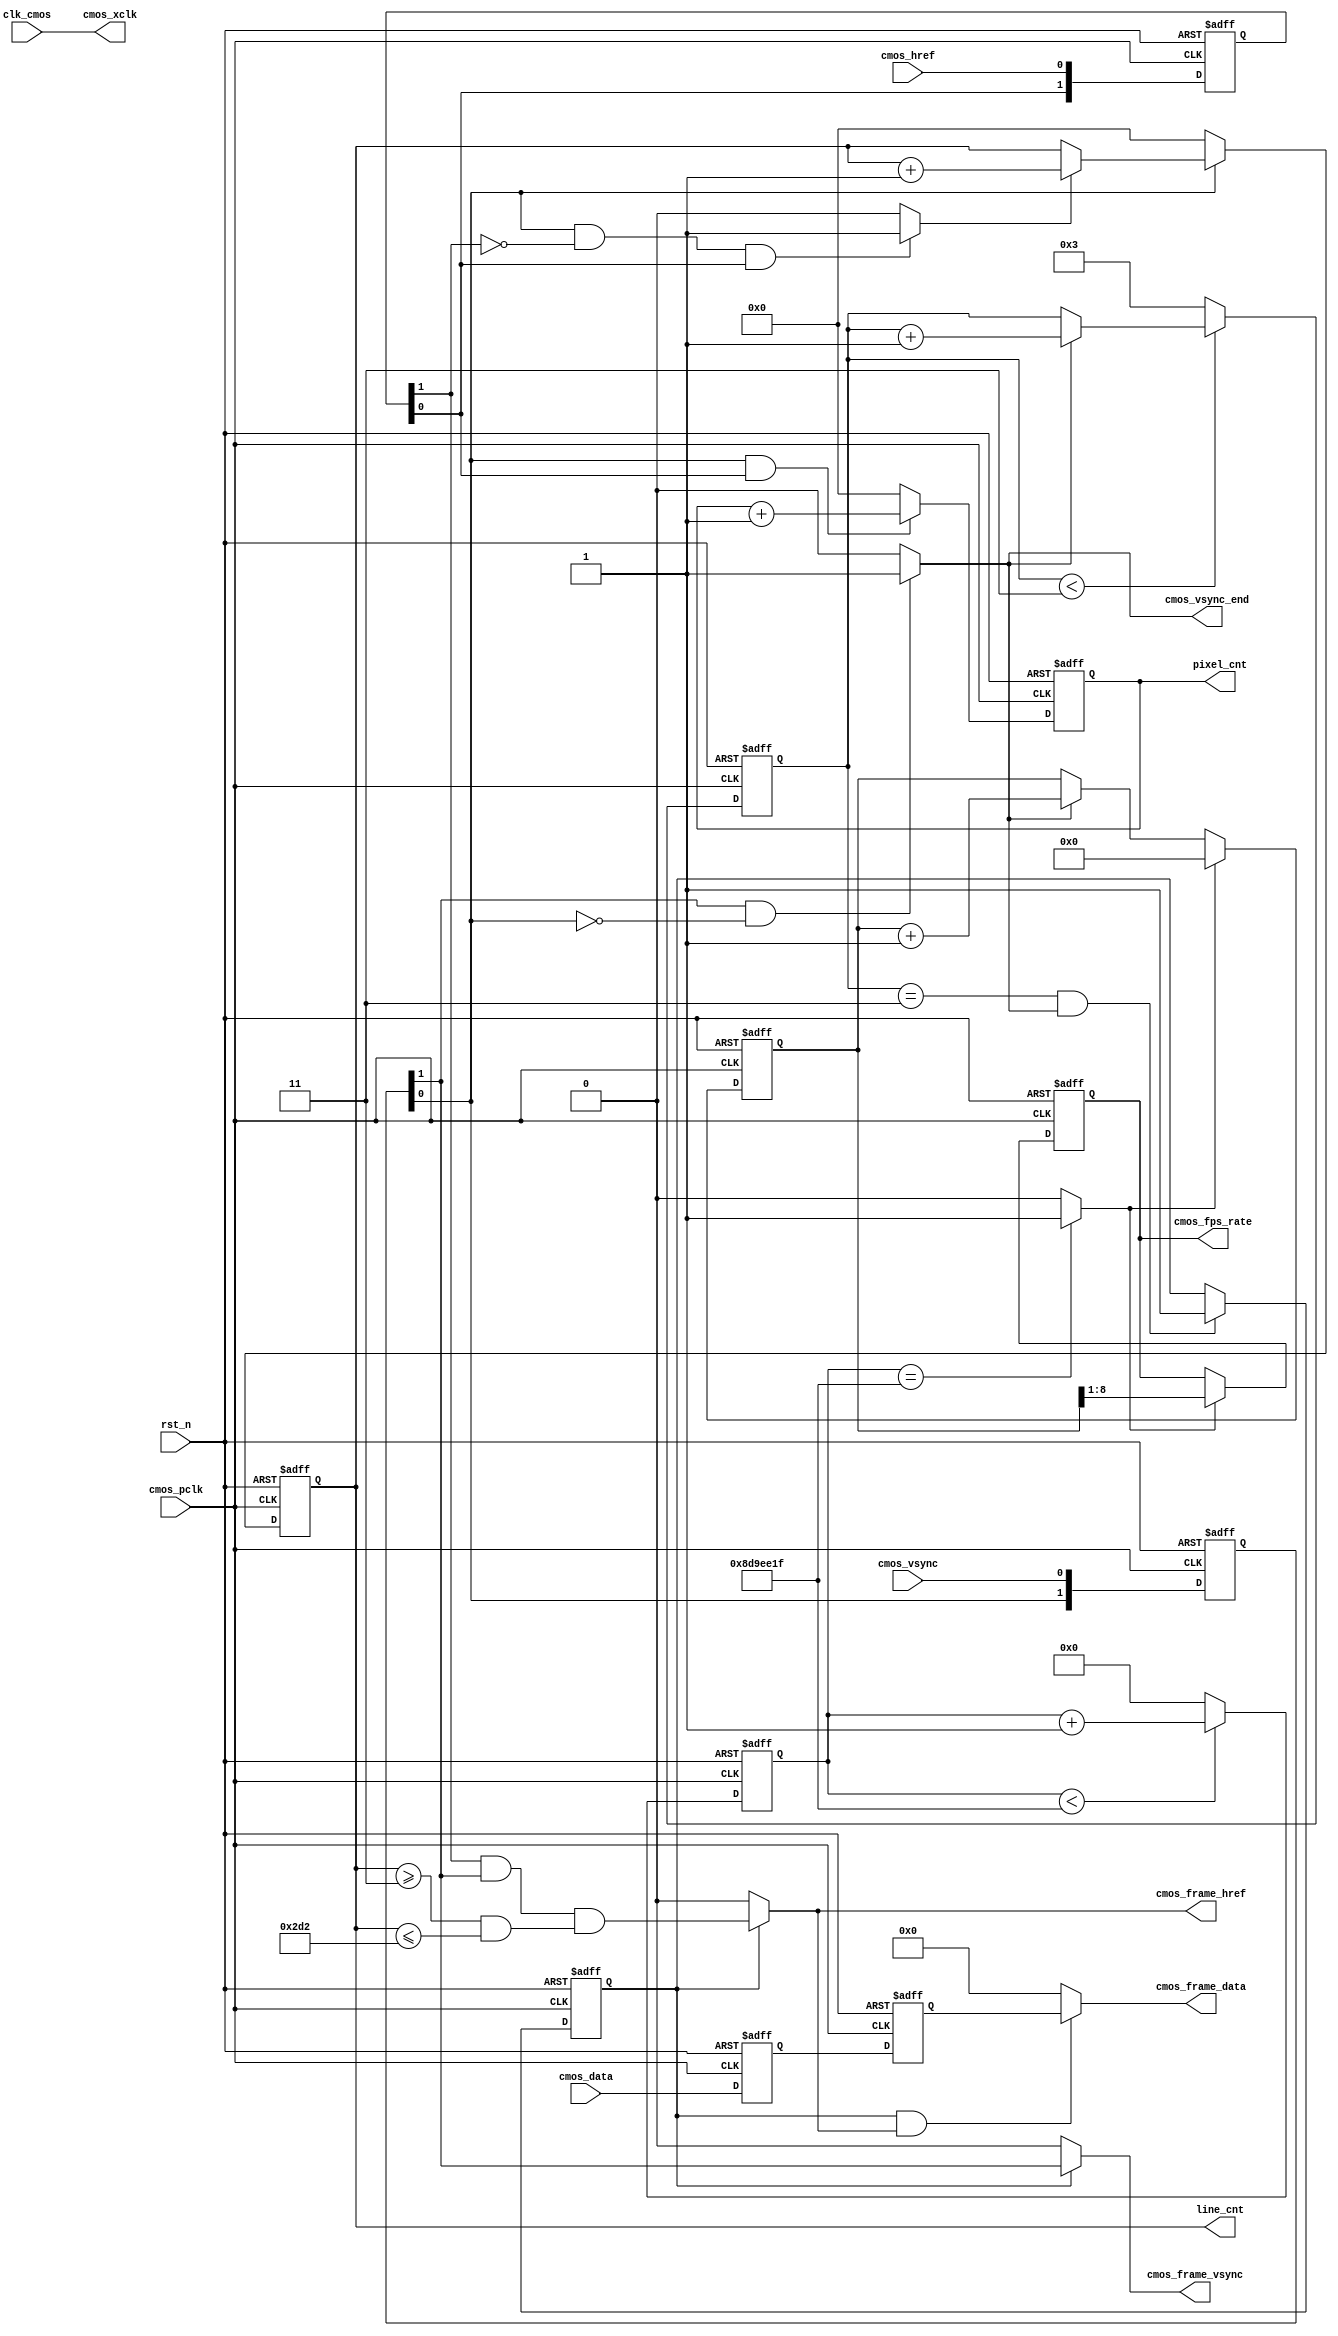
`timescale 1ns/1ns
module CMOS_Capture_RAW_Gray
#(
	parameter			CMOS_FRAME_WAITCNT		=	4'd3,		//Wait n fps for steady(OmniVision need 10 Frame)
	parameter			CMOS_VIDEO_CLK_FREQ		=	74_250000														
)
(
	//global clock
	input				clk_cmos,			//27MHz CMOS Driver clock input
	input				rst_n,				//global reset

	//CMOS Sensor Interface
	input				cmos_pclk,			//37.125MHz CMOS Pixel clock input
	output			cmos_xclk,			//27MHz drive clock
	input				cmos_vsync,			//H : Data Valid; L : Frame Sync(Set it by register)
	input				cmos_href,			//H : Data vaild, L : Line Sync
	input		[7:0]	cmos_data,			//8 bits cmos data input
	
	//CMOS SYNC Data output
	output				cmos_frame_vsync,	//cmos frame data vsync valid signal
	output				cmos_frame_href,	//cmos frame data href vaild  signal
	output		[7:0]	cmos_frame_data,	//cmos frame RAW output	
	
	//user interface
	output	reg	[7:0]	cmos_fps_rate,		//cmos frame output rate
	output				cmos_vsync_end,
	output	reg	[11:0]	pixel_cnt,
	output	reg	[11:0]	line_cnt
);
assign	cmos_xclk = clk_cmos;	//24MHz CMOS XCLK output

//-----------------------------------------------------
//Sensor HS & VS Vaild Capture
/**************************************************					       
         _________________________________
VS______|                                 |________
	            _______	 	     _______
HS_____________|       |__...___|       |____________
**************************************************/
//-------------------------------------------------------------
//sync the frame vsync and href signal and generate frame begin & end signal
reg	[1:0]	cmos_vsync_r, cmos_href_r;
reg	[7:0]	cmos_data_r0, cmos_data_r1;
always@(posedge cmos_pclk or negedge rst_n)
begin
	if(!rst_n)
		begin
		cmos_vsync_r <= 0;
		cmos_href_r <= 0;
		{cmos_data_r1, cmos_data_r0} <= 0;
		end
	else
		begin
		cmos_vsync_r <= {cmos_vsync_r[0], cmos_vsync};
		cmos_href_r <= {cmos_href_r[0], cmos_href};
		{cmos_data_r1, cmos_data_r0} <= {cmos_data_r0, cmos_data};
		end
end
//wire	cmos_vsync_begin 	= 	(~cmos_vsync_r[1] & cmos_vsync_r[0]) ? 1'b1 : 1'b0;	
assign	cmos_vsync_end 		= 	(cmos_vsync_r[1] & ~cmos_vsync_r[0]) ? 1'b1 : 1'b0;	
wire	cmos_href_begin		=	(cmos_vsync_r[0] & ~cmos_href_r[1] & cmos_href_r[0]) ? 1'b1 : 1'b0;	

//----------------------------------------------------------------------------------
//reg	[11:0]	pixel_cnt;	
//reg	[11:0]	line_cnt;	
always@(posedge cmos_pclk or negedge rst_n)
begin
	if(!rst_n)
		pixel_cnt <= 0;
	else if(cmos_vsync_r[0] & cmos_href_r[0])
		pixel_cnt <= pixel_cnt + 1'b1;
	else
		pixel_cnt <= 0;
end

always@(posedge cmos_pclk or negedge rst_n)
begin
	if(!rst_n)
		line_cnt <= 0;
	else if(cmos_vsync_r[0] == 1'b1)
		begin
		if(cmos_href_begin == 1'b1)
			line_cnt <= line_cnt  + 1'b1;
		else
			line_cnt <= line_cnt;
		end
	else
		line_cnt <= 0;
end


//----------------------------------------------------------------------------------
//Wait for Sensor output Data valid 10 Frame of OmniVision
reg	[3:0]	cmos_fps_cnt;
always@(posedge cmos_pclk or negedge rst_n)
begin
	if(!rst_n)
		cmos_fps_cnt <= 0;
	else	//Wait until cmos init complete
		begin
		if(cmos_fps_cnt < CMOS_FRAME_WAITCNT)	
			cmos_fps_cnt <= cmos_vsync_end ? cmos_fps_cnt + 1'b1 : cmos_fps_cnt;
		else
			cmos_fps_cnt <= CMOS_FRAME_WAITCNT;
		end
end

//----------------------------------------------------------------------------------
//Come ture frame synchronization to ignore error frame or has not capture when vsync begin
reg		frame_sync_flag;
always@(posedge cmos_pclk or negedge rst_n)
begin
	if(!rst_n)
		frame_sync_flag <= 0;
	else if(cmos_fps_cnt == CMOS_FRAME_WAITCNT && cmos_vsync_end == 1)
		frame_sync_flag <= 1;
	else
		frame_sync_flag <= frame_sync_flag;
end


assign	cmos_frame_vsync = frame_sync_flag ? cmos_vsync_r[1]  : 1'b0;//DFF 2 clocks
assign	cmos_frame_href  = frame_sync_flag ? cmos_href_r[1] & cmos_vsync_r[1] & (line_cnt >= 3 && line_cnt <= 722): 1'b0;	//DFF 2 clocks
assign	cmos_frame_data	 = frame_sync_flag & cmos_frame_href ? cmos_data_r1 : 8'd0;	//DFF 2 clocks

//----------------------------------------------------------------------------------------------------------
//----------------------------------------------------------------------------------------------------------
//Delay 2s for cmos fps counter
localparam	DELAY_TOP = 2 * CMOS_VIDEO_CLK_FREQ;	//2s delay
reg	[27:0]	delay_cnt;
always@(posedge cmos_pclk or negedge rst_n)
begin
	if(!rst_n)
		delay_cnt <= 0;
	else if(delay_cnt < DELAY_TOP - 1'b1)
		delay_cnt <= delay_cnt + 1'b1;
	else
		delay_cnt <= 0;
end
wire	delay_2s = (delay_cnt == DELAY_TOP - 1'b1) ? 1'b1 : 1'b0;

//-------------------------------------
//cmos image output rate counter
reg	[8:0]	cmos_fps_cnt2;
always@(posedge cmos_pclk or negedge rst_n)
begin
	if(!rst_n)
		begin
		cmos_fps_cnt2 <= 0;
		cmos_fps_rate <= 0;
		end
	else if(delay_2s == 1'b0)	//time is not reached
		begin
		cmos_fps_cnt2 <= cmos_vsync_end ? cmos_fps_cnt2 + 1'b1 : cmos_fps_cnt2;
		cmos_fps_rate <= cmos_fps_rate;
		end
	else	//time up
		begin
		cmos_fps_cnt2 <= 0;
		cmos_fps_rate <= cmos_fps_cnt2[8:1];	//divide by 2
		end
end


endmodule